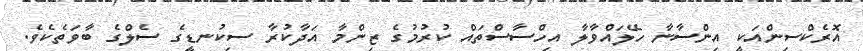
އޮރެކްސިންއަކީ އިންސާނާ ހޭލައްވާލާ އިހްސާސްތައް ކުރުމުގެ ޒިންމާ އަދާކުރާ ސިކުނޑީގެ ސެލްގެ ބާވަތެކެވެ.